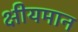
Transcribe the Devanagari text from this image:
क्षीयमान